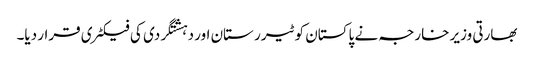
بھارتی وزیر خارجہ نے پاکستان کو ٹیرر ستان اور دہشتگردی کی فیکٹری قرار دیا۔